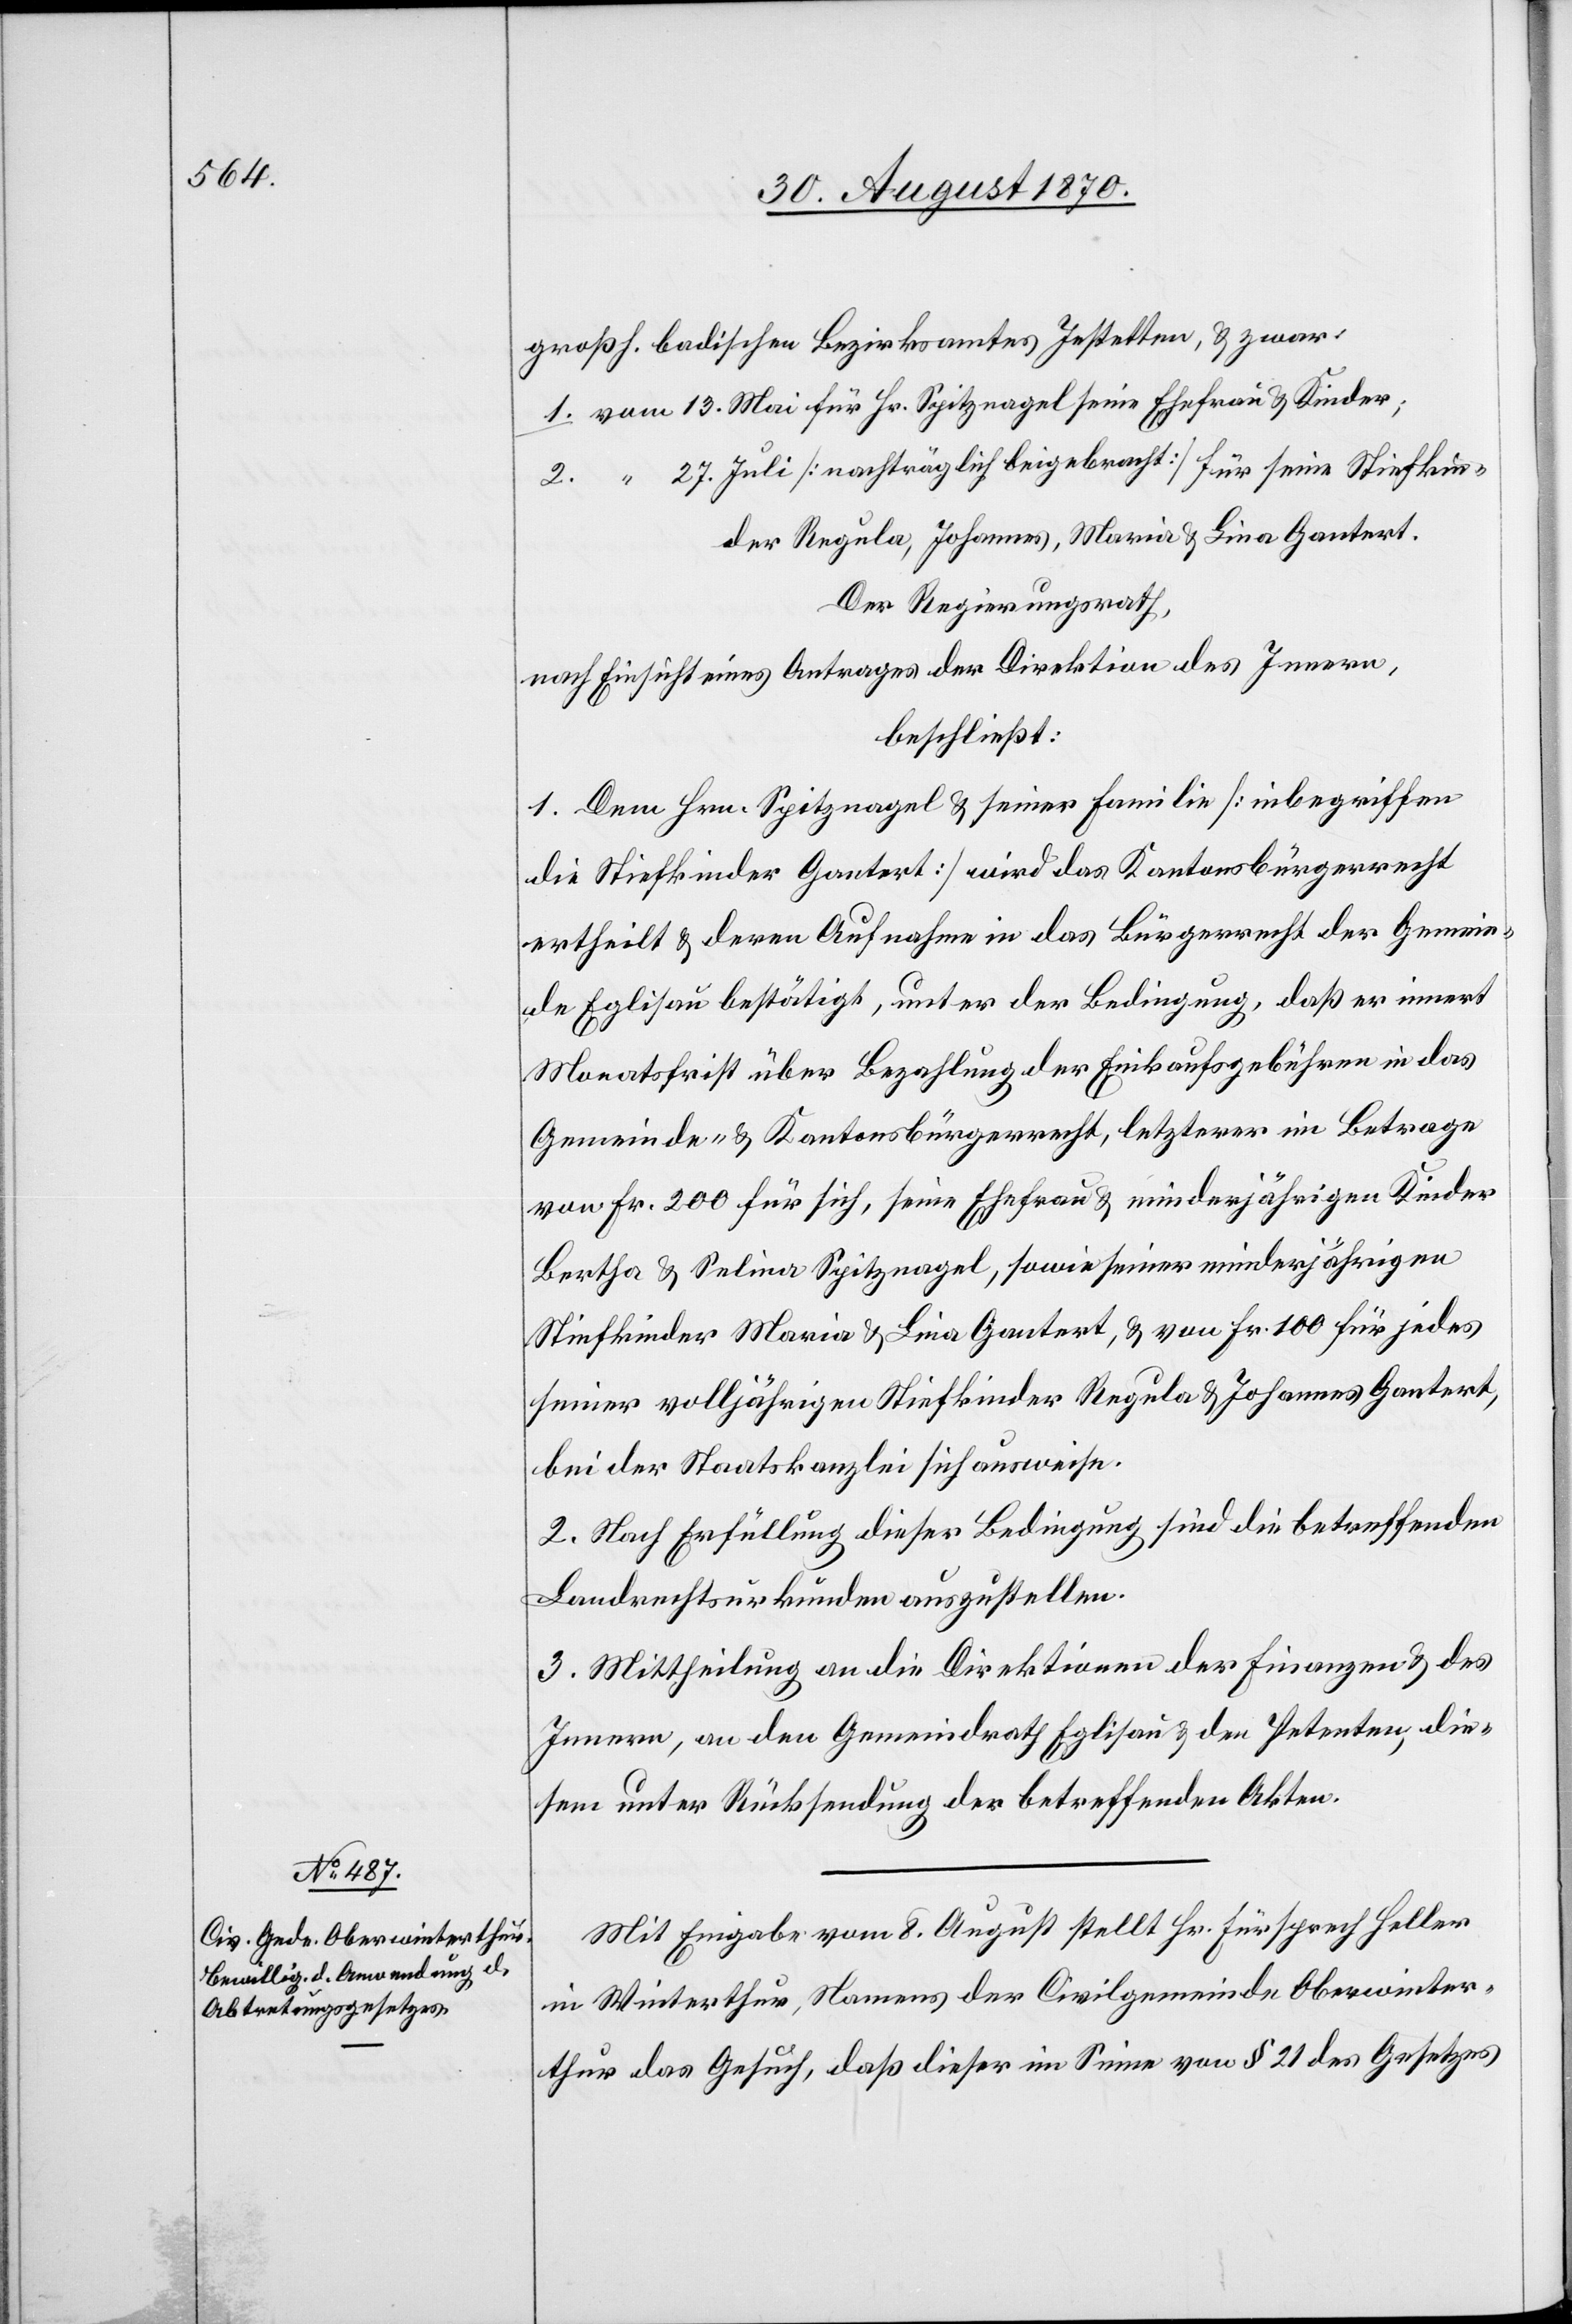
Mit Eingabe vom 8. August stellt Hr. Fürsprech Heller
in Winterthur, Namens der Civilgemeinde Oberwinter¬
thur das Gesuch, daß dieser im Sinne von § 21 des Gesetzes